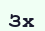
Зх